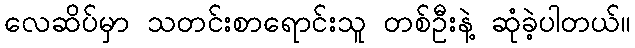
လေဆိပ်မှာ သတင်းစာရောင်းသူ တစ်ဦးနဲ့ ဆုံခဲ့ပါတယ်။